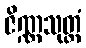
ဇိဏ္ဏသုတ္တံ